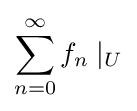
\sum _{n=0}^{\infty }f_{n}\mid _{U}